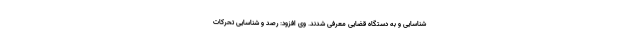
شناسایی و به دستگاه قضایی معرفی شدند. وی افزود: رصد و شناسایی تحرکات